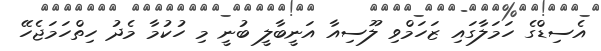
އެސިޑްގެ ހަމަލާގައި ޒަހަމްވި ލޫސިއާ އަނީބާލީ ބުނީ މި ހުކުމާ މެދު ހިތްހަމަޖެހޭ